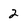
Character: 2